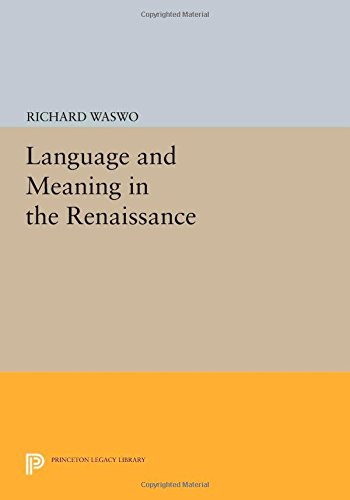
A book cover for Language and Meaning in the Renaissance (Princeton Legacy Library); Richard Waswo; Reference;